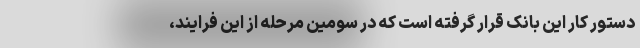
دستور کار این بانک قرار گرفته است که در سومین مرحله از این فرایند،